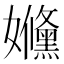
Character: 𡤥